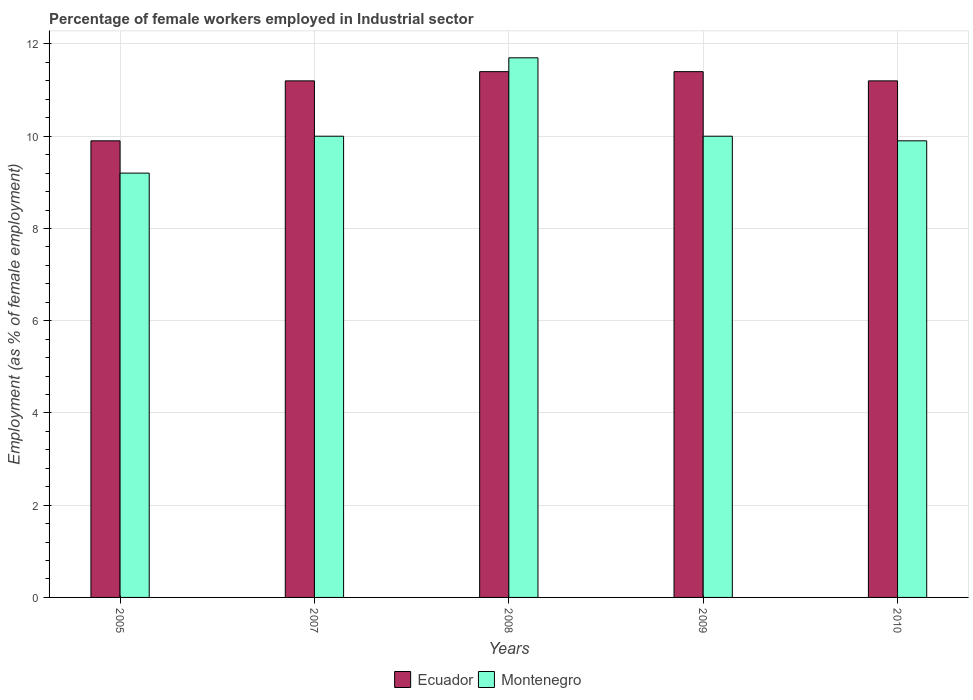
| Years | Ecuador | Montenegro |
 | --- | --- | --- |
 | 2005 | 9.9 | 9.2 |
 | 2007 | 11.2 | 10 |
 | 2008 | 11.4 | 11.7 |
 | 2009 | 11.4 | 10 |
 | 2010 | 11.2 | 9.9 |